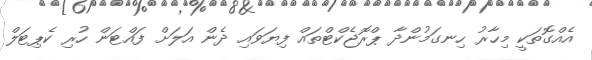
އެއްގޮތަކީ މިހާރު ހިނގަމުންދާ ޕްރޮޖެކްޓްތައް ފިޔަވައި ދެން އަލަށް ފައްޓަން ހުރި ކެޕިޓަލް